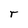
Character: r